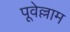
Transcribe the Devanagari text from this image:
पूवेल्लाम